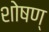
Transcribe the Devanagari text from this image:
शोषण्